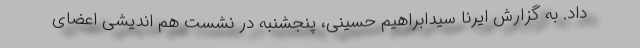
داد. به گزارش ایرنا سیدابراهیم حسینی، پنجشنبه در نشست هم اندیشی اعضای